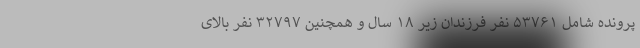
پرونده شامل ۵۳۷۶۱ نفر فرزندان زیر ۱۸ سال و همچنین ۳۲۷۹۷ نفر بالای